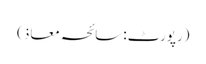
(رپورٹ: سائحہ معاذ)